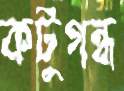
কটুগন্ধ